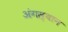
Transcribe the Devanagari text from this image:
अंगस्थान